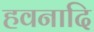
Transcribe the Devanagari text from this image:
हवनादि